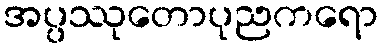
အပ္ပဿုတောပုညကရော